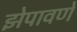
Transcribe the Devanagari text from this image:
झेपावणे